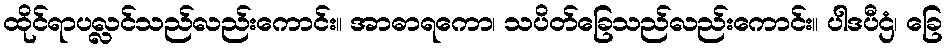
ထိုင်ရာပလ္လင်သည်လည်းကောင်း။ အာဓာရကော၊ သပိတ်ခြေသည်လည်းကောင်း။ ပါဒပီဌံ၊ ခြေ